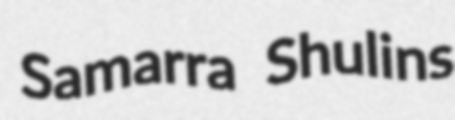
Samarra Shulins